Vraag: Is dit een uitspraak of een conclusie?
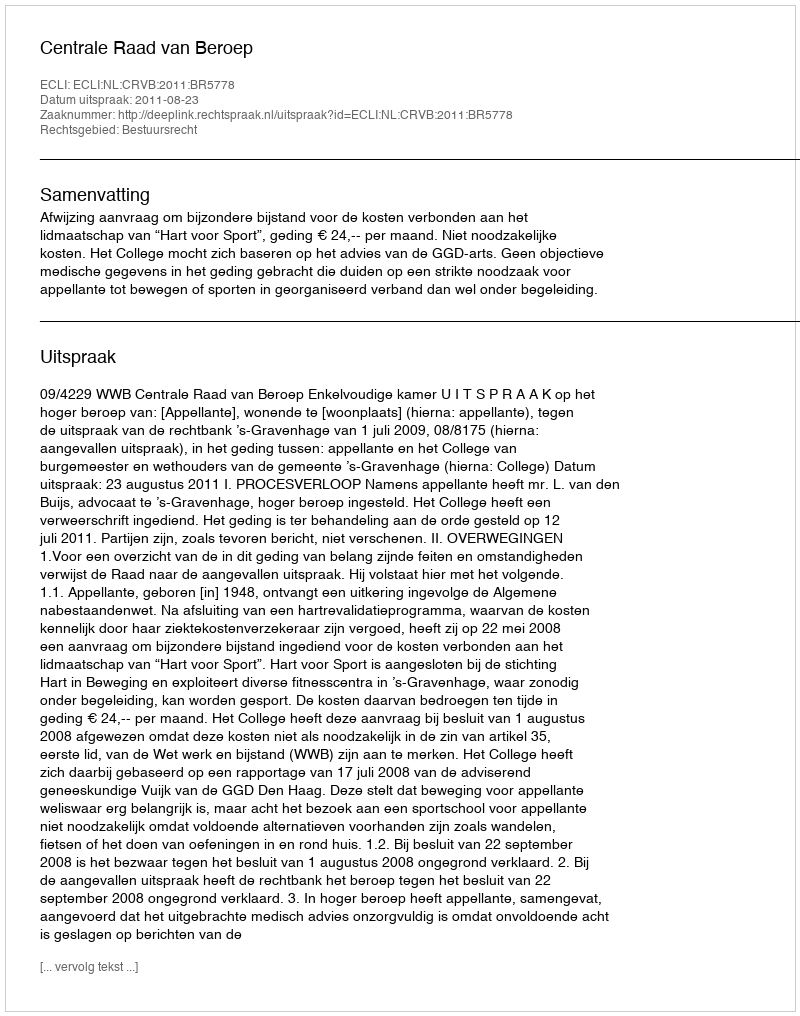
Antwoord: Uitspraak